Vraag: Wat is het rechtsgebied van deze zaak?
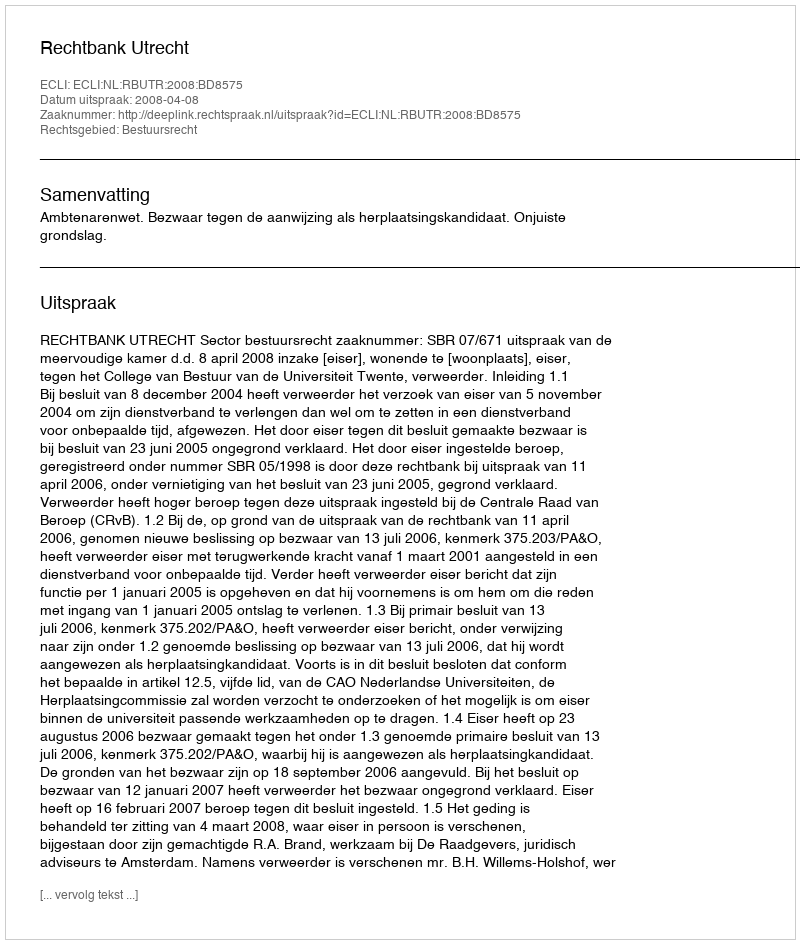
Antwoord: Bestuursrecht